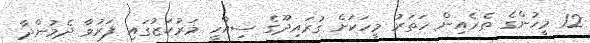
12 މީހުންގެ ތެރެއިން ހަތަރު މީހަކަށް ގުރައިދޫގެ ސިއްހީ މަރުކަޒުގައި ފަރުވާ ދެމުންދާ